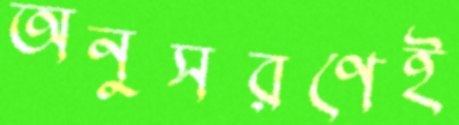
অনুসরণেই